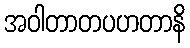
အဝါတာတပဟတာနိ